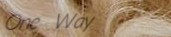
One Way